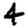
Digit: 4